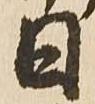
日